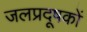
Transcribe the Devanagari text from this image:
जलप्रदूषकों